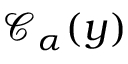
\mathcal { C } _ { \alpha } ( y )